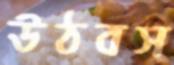
উঠবস